65_HS1-834228961_62-HQ-83894_Section_6
Agency: FBI
Page 72
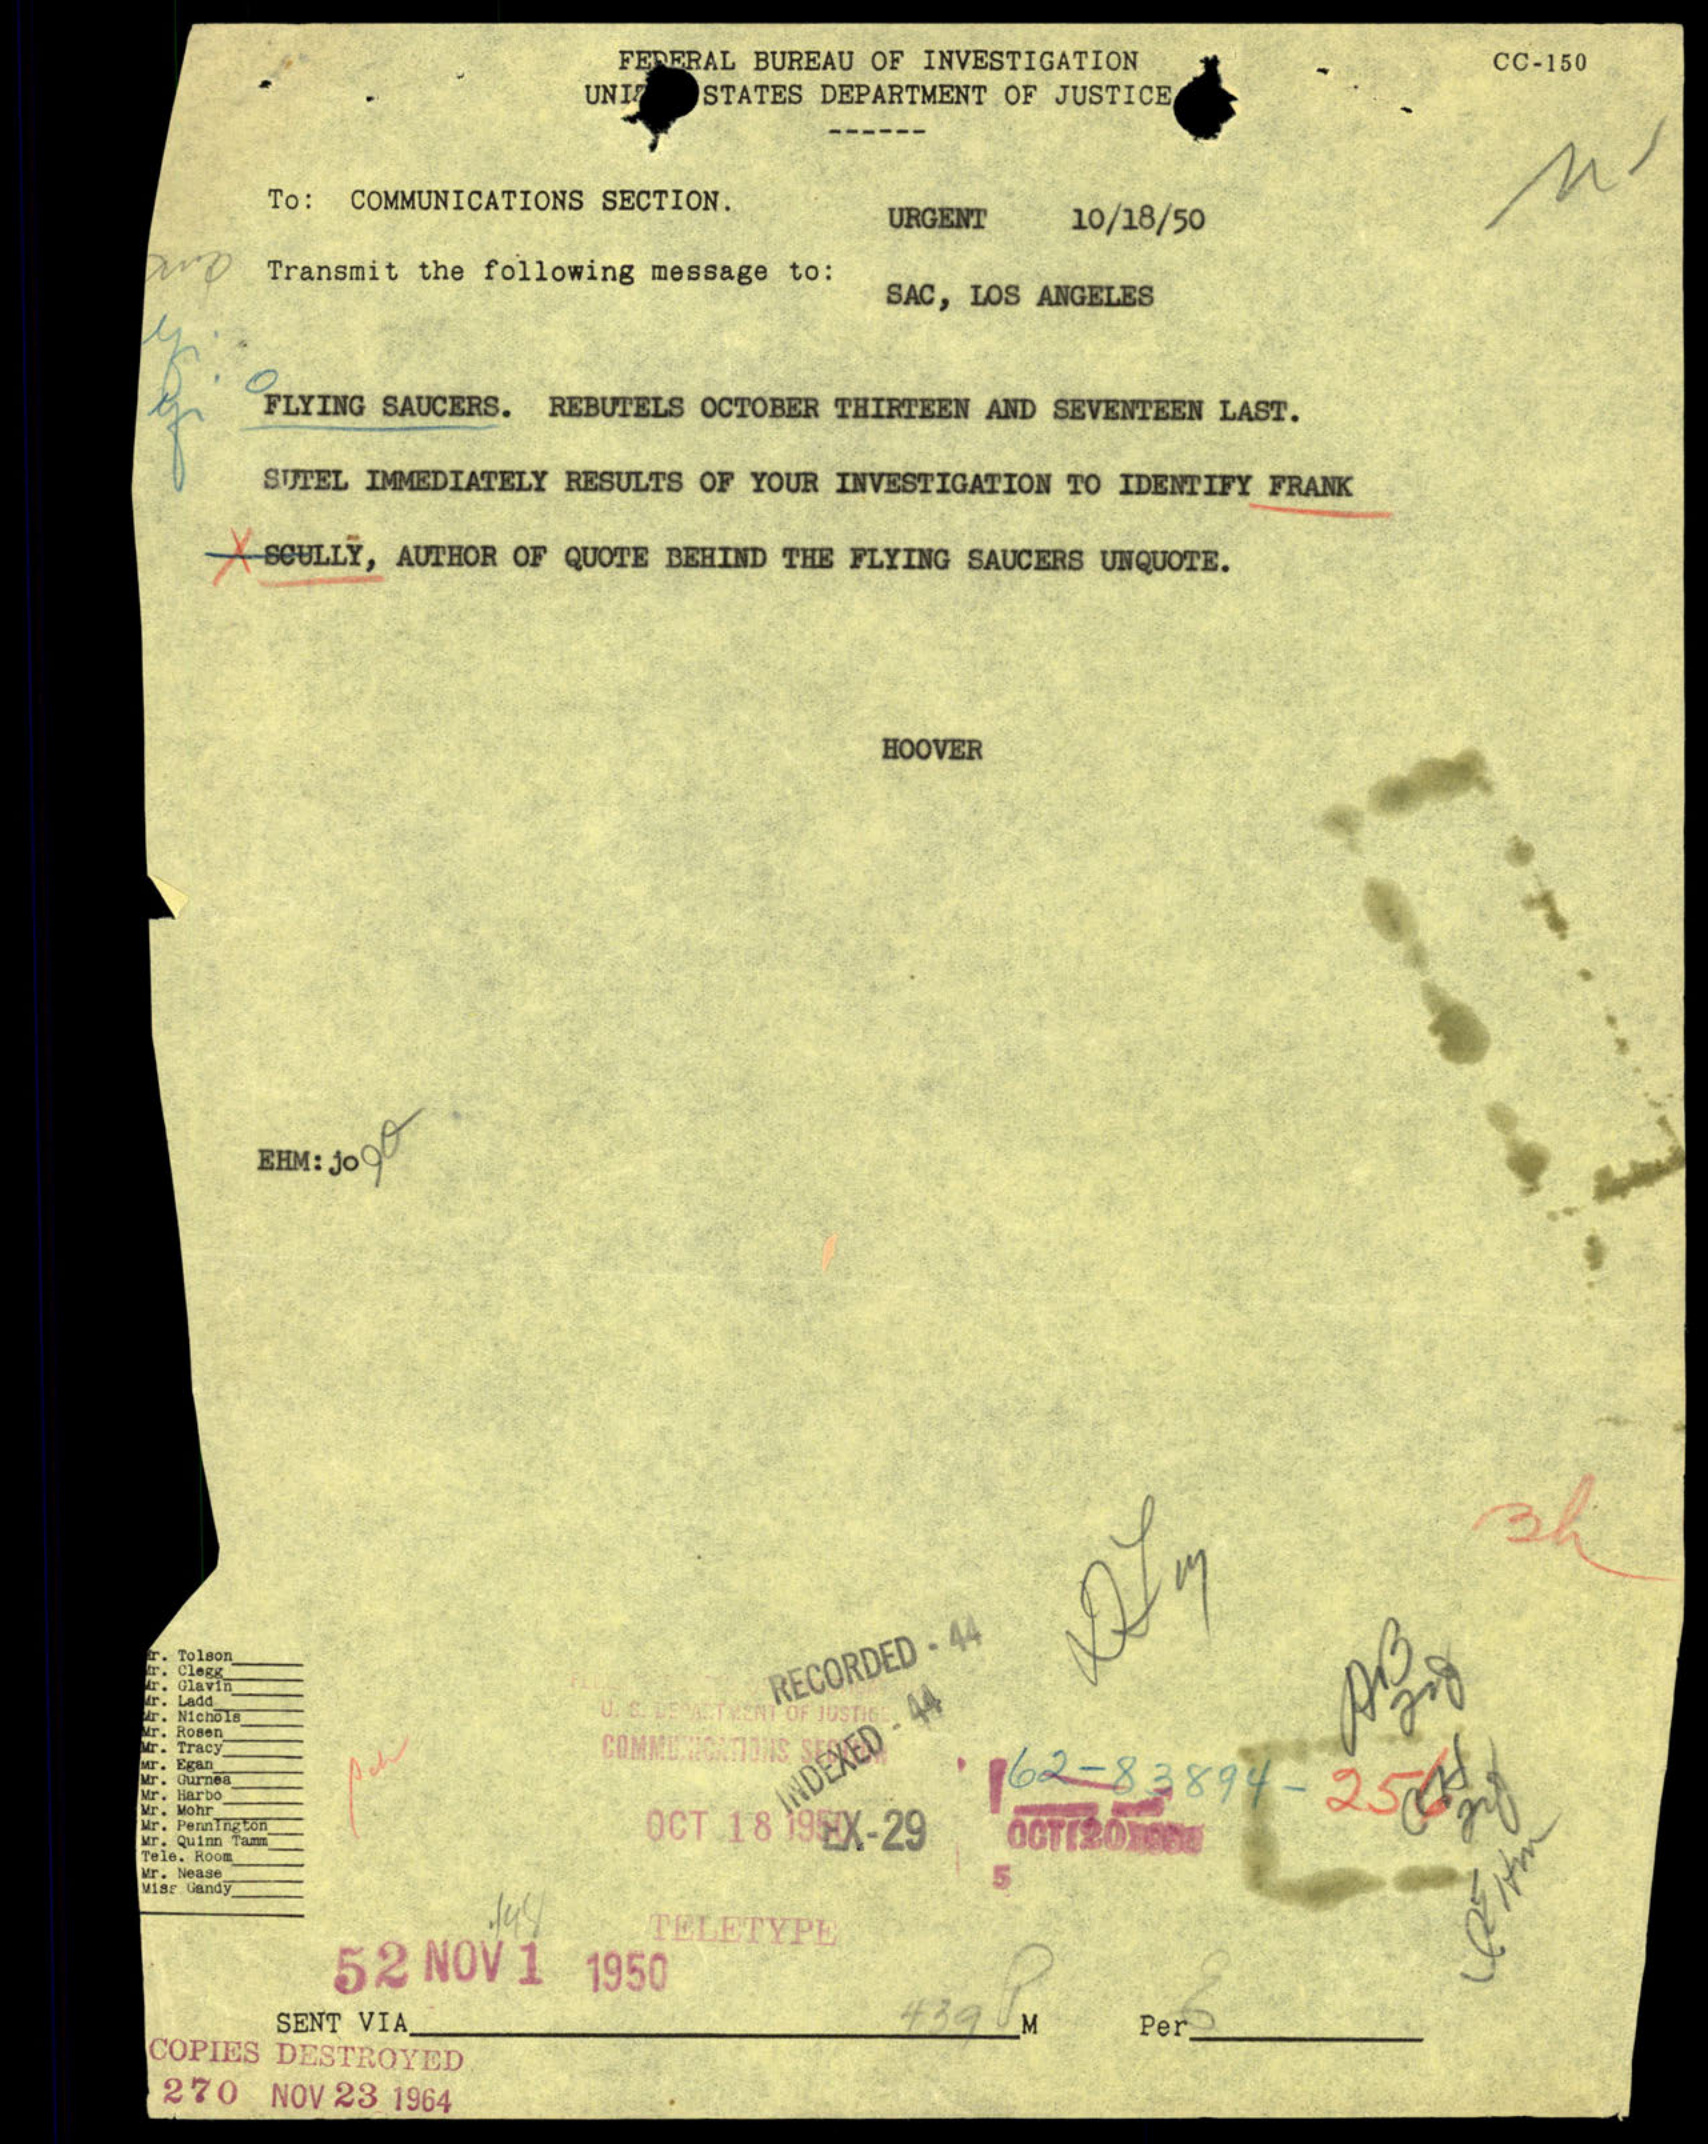